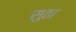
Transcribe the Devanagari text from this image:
सुठा